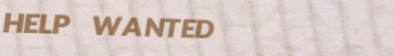
HELP WANTED